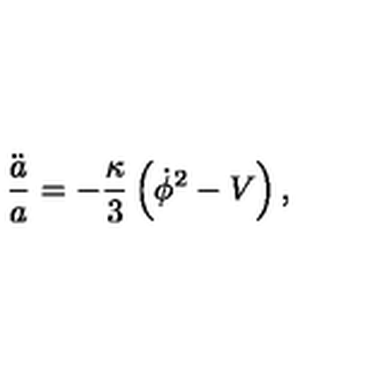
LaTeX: \frac { \ddot { a } } { a } = - \frac { \kappa } { 3 } \left( { \dot { \phi } } ^ { 2 } - V \right) ,